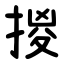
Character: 㨑